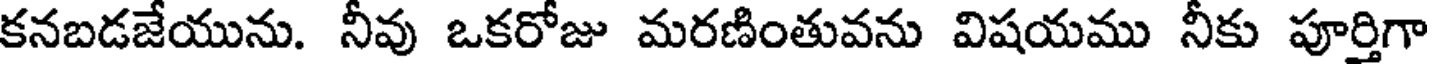
కనబడజేయును. నీవు ఒకరోజు మరణింతువను విషయము నీకు పూర్తిగా